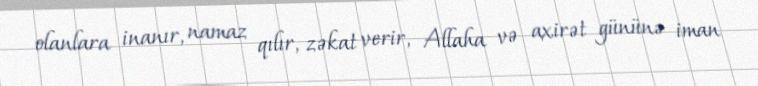
olanlara inanır, namaz qılır, zəkat verir, Allaha və axirət gününə iman